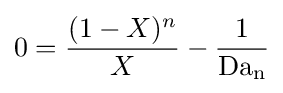
0={\frac {(1-X)^{n}}{X}}-{\frac {1}{\rm {Da_{n}}}}